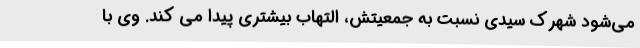
می‌شود شهرک سیدی نسبت به جمعیتش، التهاب بیشتری پیدا می کند. وی با